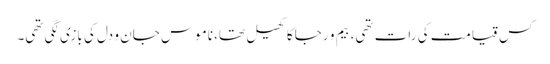
کس قیامت کی رات تھی، بیم و رجا کا کھیل تھا، ناموسِ جان و دل کی بازی لگی تھی۔